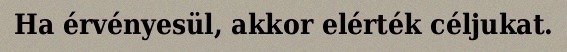
Ha érvényesül, akkor elérték céljukat.